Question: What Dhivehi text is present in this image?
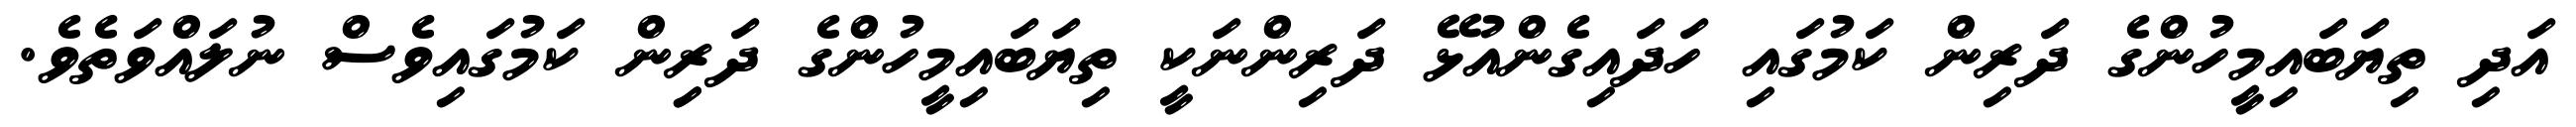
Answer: އަދި ތިޔަބައިމީހުންގެ ދަރިން ކަމުގައި ހަދައިގެންއުޅޭ ދަރިންނަކީ ތިޔަބައިމީހުންގެ ދަރިިން ކަމުގައިވެސް ނުލައްވަތެވެ.